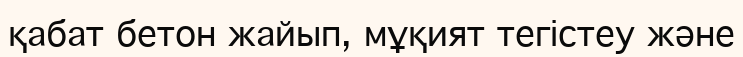
қабат бетон жайып, мұқият тегістеу және